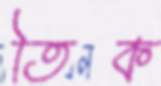
তিক